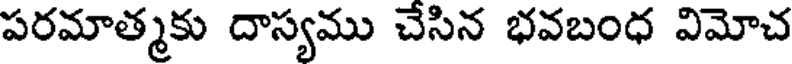
పరమాత్మకు దాస్యము చేసిన భవబంధ విమోచ